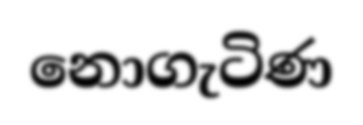
නොගැටිණ